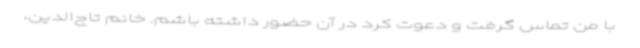
با من تماس گرفت و دعوت کرد در آن حضور داشته باشم. خانم تاج‌الدین،